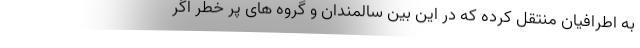
به اطرافیان منتقل کرده که در این بین سالمندان و گروه های پر خطر اگر